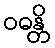
ဝဓန္တိ